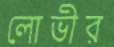
লোভীর